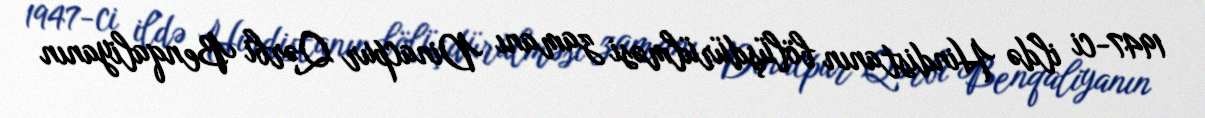
1947-ci ildə Hindistanın bölüşdürülməsi zamanı Dinacpur Qərbi Benqaliyanın